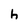
Character: h